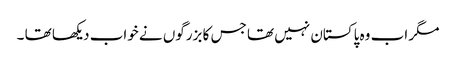
مگر اب وہ پاکستان نہیں تھا جس کا بزرگوں نے خواب دیکھا تھا ۔